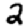
Digit: 2